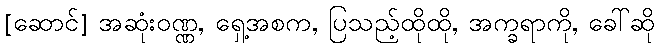
[ဆောင်] အဆုံးဝဏ္ဏ, ရှေ့အစက, ပြသည့်ထိုထို, အက္ခရာကို, ခေါ်ဆို